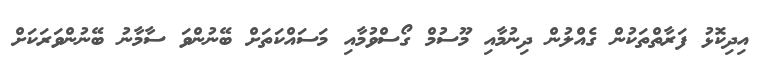
އިދިކޮޅު ފަރާތްތަކުން ގެއްލުން ދިނުމާއި މޫސުމް ގޯސްވުމާއި މަސައްކަތަށް ބޭނުންވަ ސާމާނު ބޭނުންވަރަކަށް